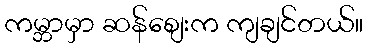
ကမ္ဘာမှာ ဆန်စျေးက ကျချင်တယ်။